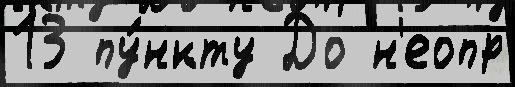
13 пу́нкту До н'еопр